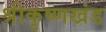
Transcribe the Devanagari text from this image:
श्रीकृष्णखंड